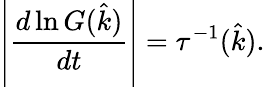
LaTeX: \left|\frac{d\ln G(\hat{k})}{dt}\right|=\tau^{-1}(\hat{k}).